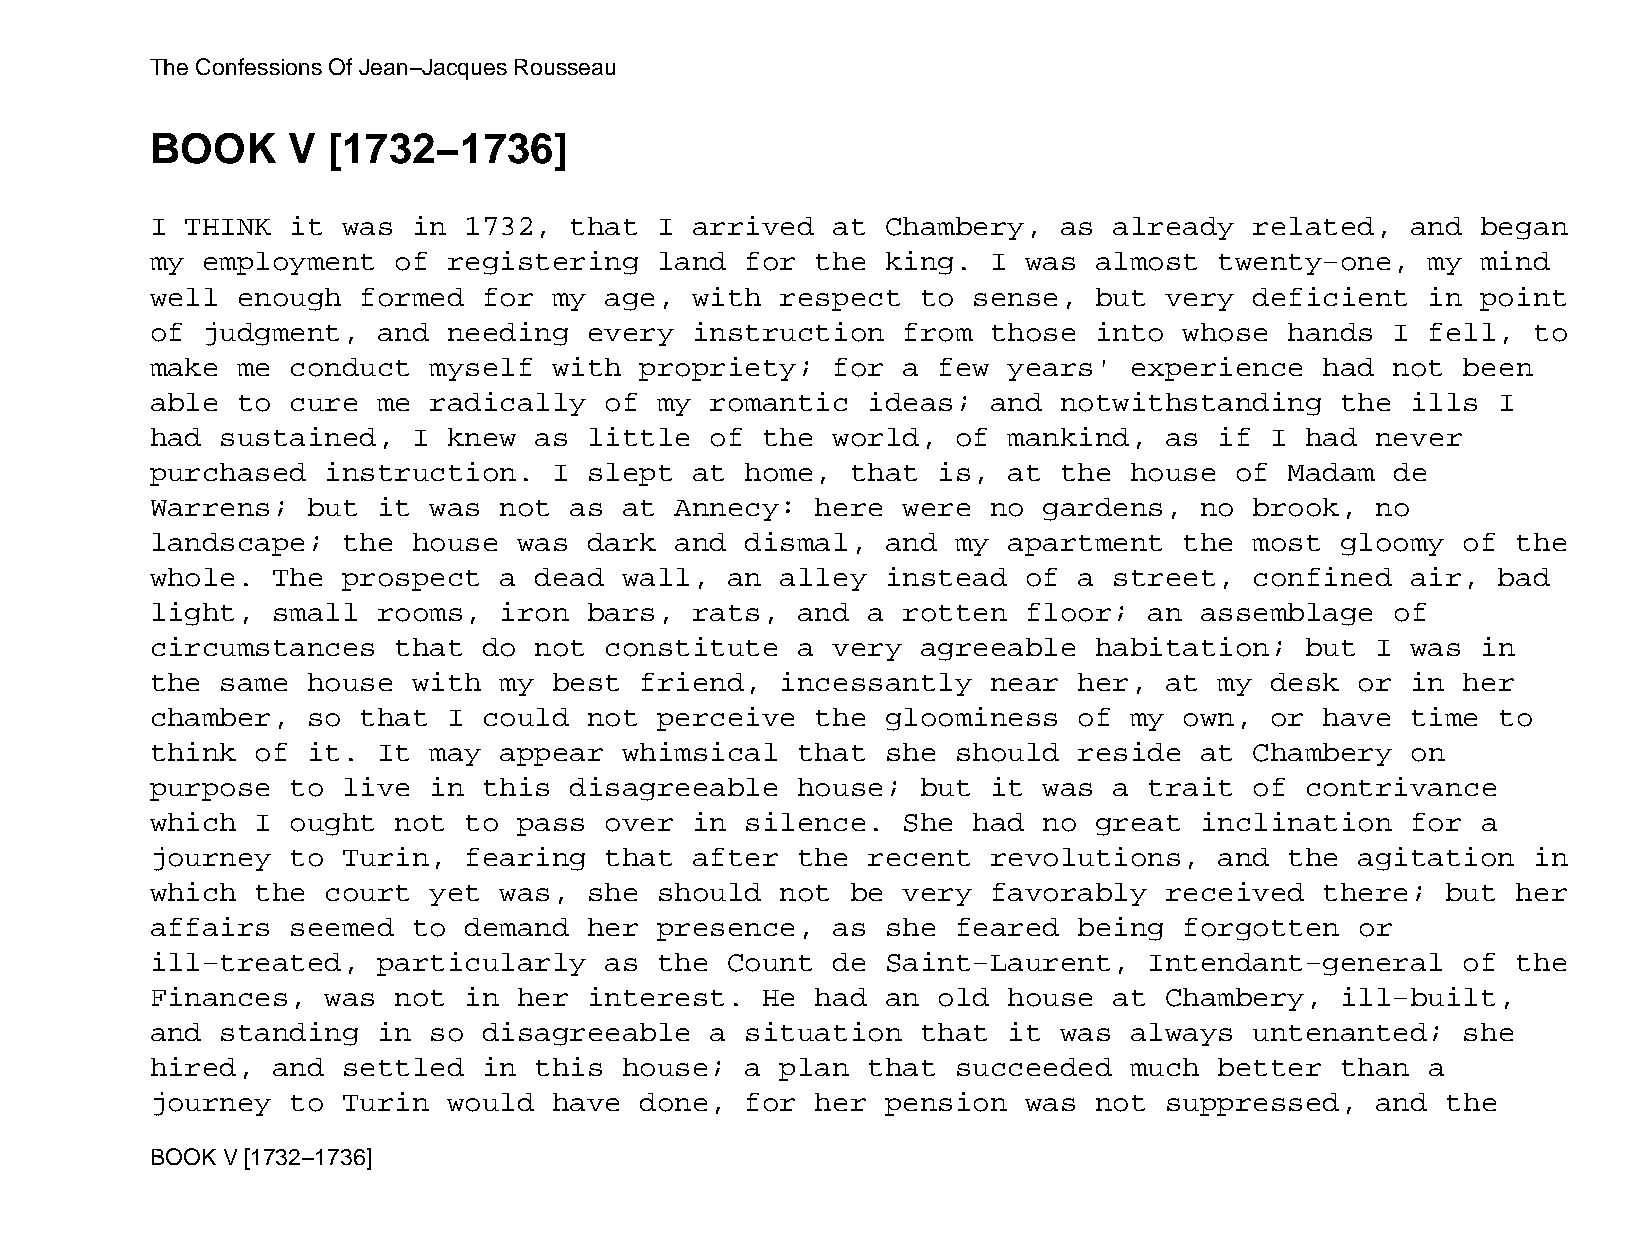
The Confessions Of Jean−Jacques Rousseau
 BOOK     V  [1732−1736]
 I THINK  it  was in  1732,  that  I arrived  at  Chambery,  as  already  related,  and  began
 my employment   of  registering   land for  the  king.  I was almost   twenty−one,   my mind
 well  enough  formed  for  my age,  with  respect  to sense,  but  very  deficient   in point
 of judgment,   and  needing  every  instruction   from  those into  whose  hands  I  fell, to
 make  me conduct  myself   with propriety;   for  a few  years'  experience   had not  been
 able  to cure  me radically   of  my romantic  ideas;   and notwithstanding    the ills  I
 had  sustained,  I  knew as  little  of the  world,  of  mankind,  as  if I had  never
 purchased   instruction.   I slept  at home,  that  is,  at the  house  of Madam  de
 Warrens;  but  it was  not  as at  Annecy:  here  were  no gardens,  no  brook,  no
 landscape;   the house  was  dark  and dismal,   and my  apartment  the  most  gloomy  of the
 whole.  The  prospect  a dead  wall,  an  alley  instead  of a  street,  confined  air,  bad
 light,  small  rooms,  iron  bars,  rats,  and a  rotten  floor;  an assemblage   of
 circumstances   that  do not  constitute   a very  agreeable  habitation;   but  I was  in
 the  same house  with  my  best friend,   incessantly   near her,  at  my desk  or in  her
 chamber,  so  that  I could  not  perceive  the  gloominess  of  my own,  or  have time  to
 think  of it.  It may  appear  whimsical   that  she should  reside  at  Chambery  on
 purpose  to  live in  this  disagreeable   house;  but  it was  a trait  of contrivance
 which  I ought  not  to pass  over  in silence.   She had  no great  inclination   for  a
 journey  to  Turin,  fearing  that  after  the recent   revolutions,   and the  agitation  in
 which  the  court yet  was,  she  should  not be  very  favorably  received   there;  but her
 affairs  seemed  to  demand  her  presence,  as  she feared  being  forgotten   or
 ill−treated,   particularly   as  the Count  de  Saint−Laurent,   Intendant−general    of the
 Finances,   was not  in her  interest.  He  had  an old  house  at Chambery,   ill−built,
 and  standing  in so  disagreeable   a situation   that  it was  always  untenanted;   she
 hired,  and  settled  in this  house;  a  plan that  succeeded   much  better  than  a
 journey  to  Turin  would  have done,  for  her  pension  was not  suppressed,   and  the
 BOOK V [1732−1736]